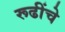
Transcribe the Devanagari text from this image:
रूढींचे